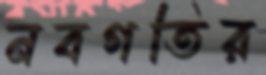
নবগতির